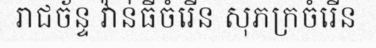
រាជច័ន្ទ វ៉ាន់ធីចំរើន សុភក្រចំរើន